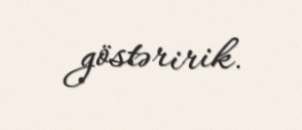
göstəririk.